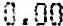
0.00